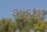
શકયા